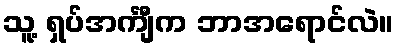
သူ့ ရှပ်အင်္ကျီက ဘာအရောင်လဲ။